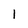
Character: l